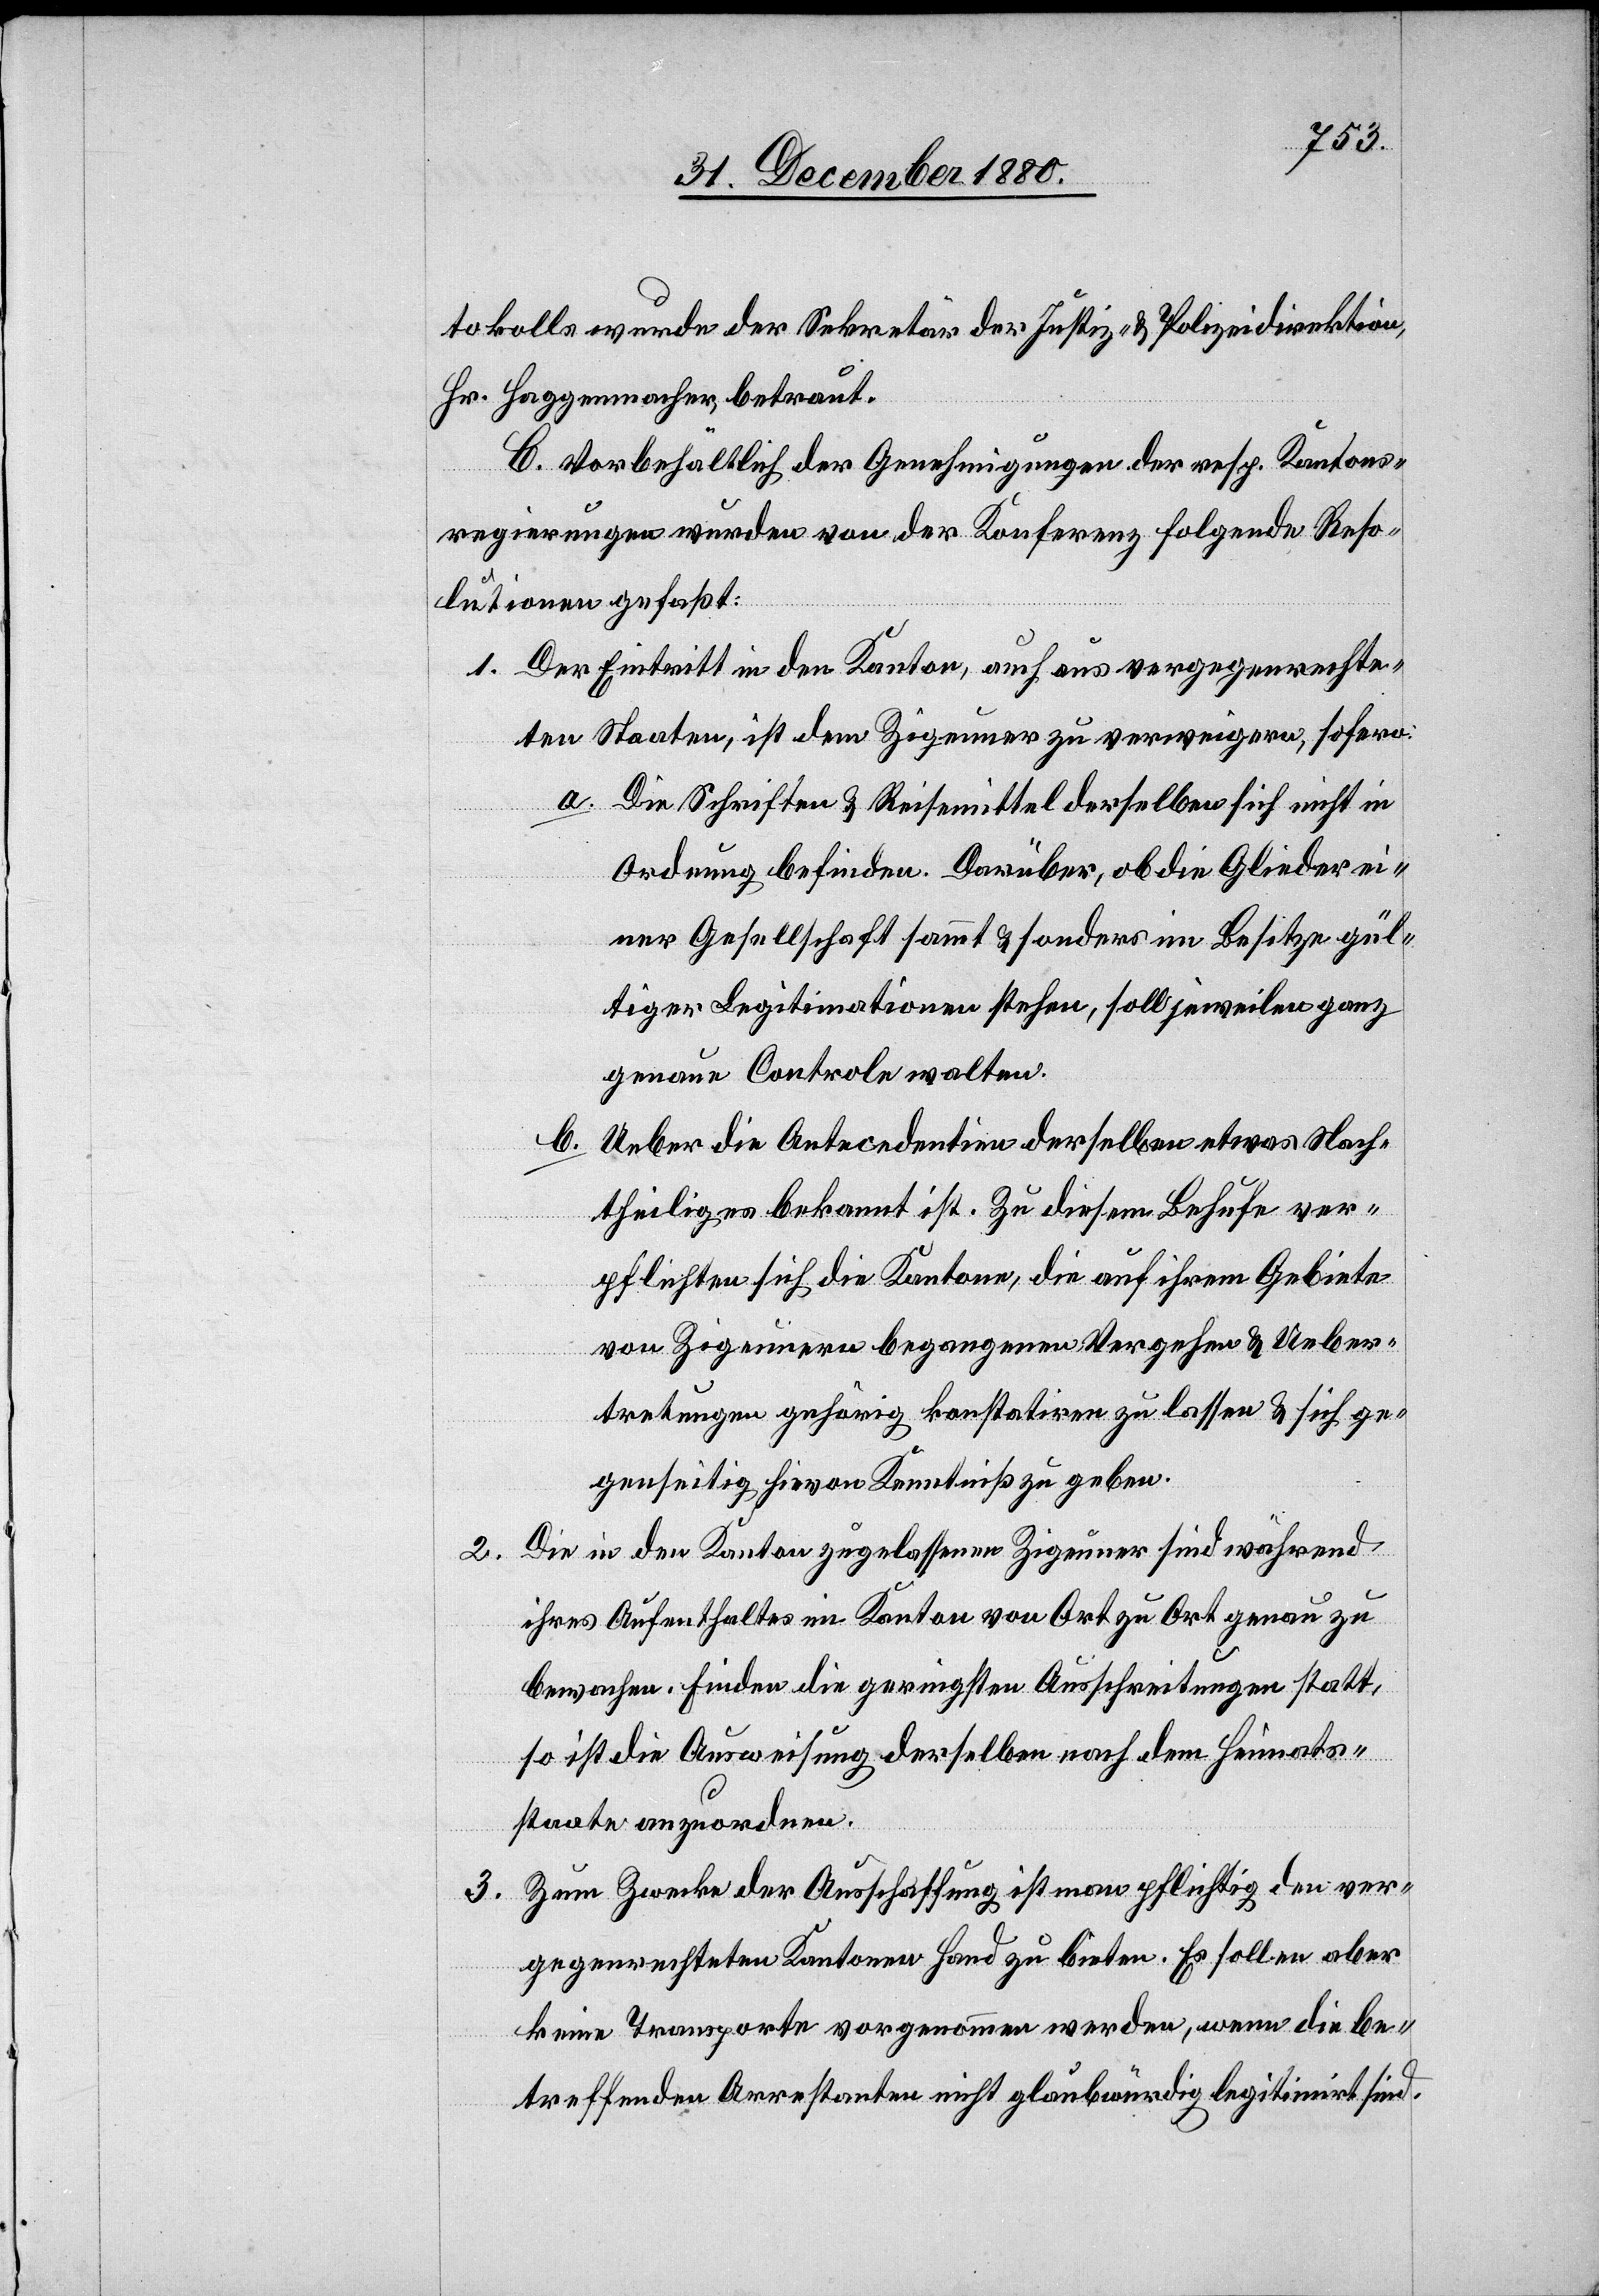
tokolls wurde der Sekretär der Justiz- & Polizeidirektion,
Hr. Haggenmacher, betraut.
C. Vorbehältlich der Genehmigungen der resp. Kantons¬
regierungen wurden von der Konferenz folgende Reso¬
lutionen gefaßt:
1. Der Eintritt in den Kanton, auch aus vergegenrechte¬
ten Staaten, ist dem Zigeuner zu verweigern, sofern:
a. Die Schriften & Reisemittel derselben sich nicht in
Ordnung befinden. Darüber, ob die Glieder ei¬
ner Gesellschaft sammt & sonders im Besitze gül¬
tiger Legitimationen stehen, soll jeweilen ganz
genau Controle walten.
b.
Ueber die Antecedentien derselben etwas Nach¬
theiliges bekannt ist. Zu diesem Behufe ver¬
pflichten sich die Kantone, die auf ihrem Gebiete
von Zigeunern begangen Vergehen & Ueber¬
tretungen gehörig konstatiren zu lassen & sich ge¬
genseitig hievon Kenntniß zu geben.
Die in den Kanton zugelassenen Zigeuner sind während
2.
ihres Aufenthaltes im Kanton von Ort zu Ort genau zu
bewahren. Finden die geringsten Ausschreitungen statt,
so ist die Ausweisung derselben nach dem Heimats¬
staate anzuordnen.
3. Zum Zwecke der Ausschaffung ist man pflichtig den ver¬
gegenrechteten Kantonen Hand zu bieten. Es sollen aber
keine Transporte vorgenommen werden, wenn die be¬
treffenden Arrestanten nicht glaubwürdig legitimirt sind.